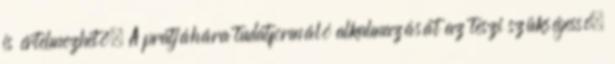
is értelmezhető. A pratjáhára tudatformáló alkalmazását az teszi szükségessé,